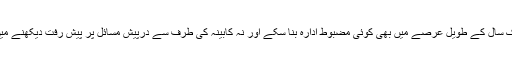
وہ ایک سال کے طویل عرصے میں بھی کوئی مضبوط ادارہ بنا سکے اور نہ کابینہ کی طرف سے درپیش مسائل پر پیش رفت دیکھنے میں آئی۔